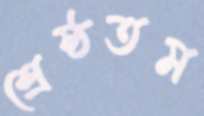
শ্রেষ্ঠতম